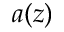
a ( z )